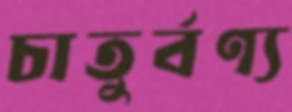
চাতুর্বণ্য